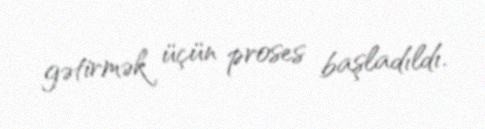
gətirmək üçün proses başladıldı.